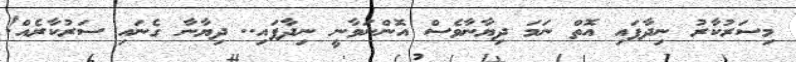
މިސަރުކާރު ނިދާފައި އޮތް ނަމަ ދިޔާނާވެސް އޮންނަވާނީ ނިދާފައި.. ދިޔާނާ ގެނައި ސަރުކާރެއް!